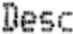
DESC